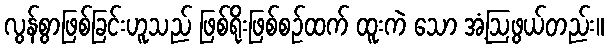
လွန်စွာဖြစ်ခြင်းဟူသည် ဖြစ်ရိုးဖြစ်စဉ်ထက် ထူးကဲ သော အံ့ဩဖွယ်တည်း။